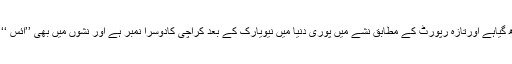
ایک زاویہ یہ ہے یہاں نشہ بڑھ گیاہے اورتازہ رپورٹ کے مطابق نشے میں پوری دنیا میں نیویارک کے بعد کراچی کادوسرا نمبر ہے اور نشوں میں بھی ’’آئس ‘‘ کا نشہ روز بروز بڑھ رہاہے۔